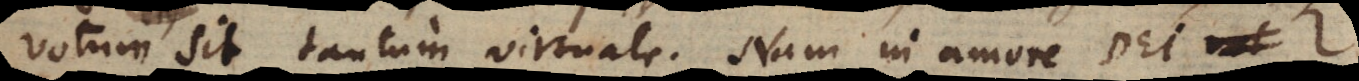
votum sit tantum virtuale. Nam in amore Dei